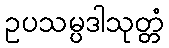
ဥပသမ္ပဒါသုတ္တံ